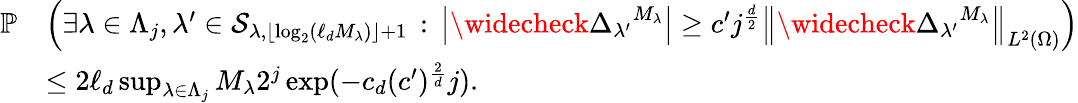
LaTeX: \begin{array}{rl}{\mathbb{P}}&{\left(\exists\lambda\in\Lambda_{j},\lambda^{\prime}\in\mathcal{S}_{\lambda,\lfloor\log_{2}(\ell_{d}M_{\lambda})\rfloor+1}\, :\, \left|\widecheck{\Delta_{\lambda^{\prime}}}^{M_{\lambda}}\right|\geq c^{\prime}j^{\frac{d}{2}}\left\| \widecheck{\Delta_{\lambda^{\prime}}}^{M_{\lambda}}\right\| _{L^{2}(\Omega)}\right)}\\ &{\leq 2\ell_{d}\operatorname*{sup}_{\lambda\in\Lambda_{j}}M_{\lambda}2^{j}\exp(-c_{d}(c^{\prime})^{\frac{2}{d}}j).}\end{array}